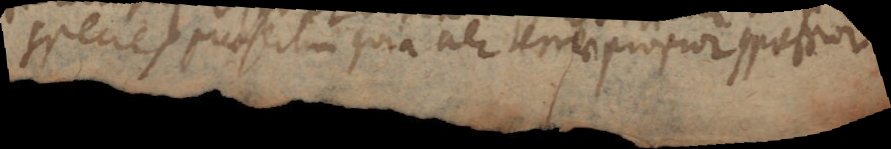
species praesertim quia aer terrae proprior compressior.